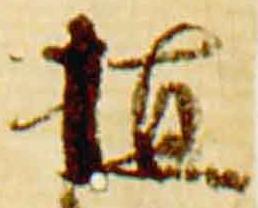
植